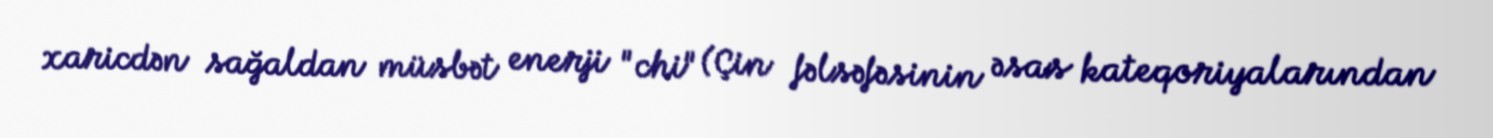
xaricdən sağaldan müsbət enerji "chi" (Çin fəlsəfəsinin əsas kateqoriyalarından